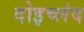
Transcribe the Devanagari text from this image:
दोइच्लंद